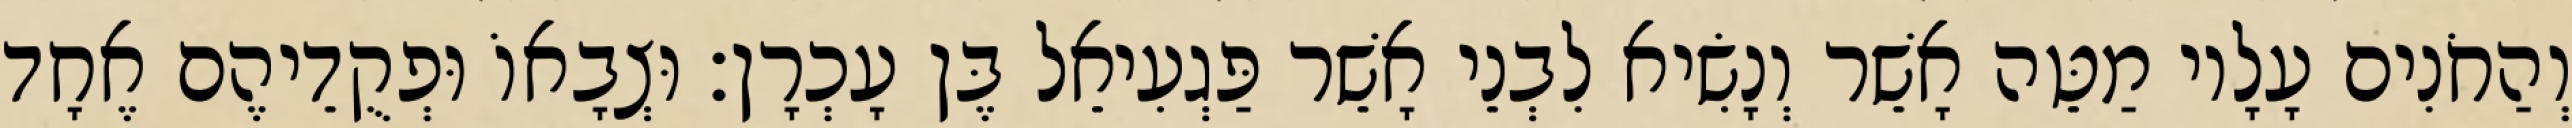
וְהַחֹנִים עָלָיו מַטֵּה אָשֵׁר וְנָשִׂיא לִבְנֵי אָשֵׁר פַּגְעִיאֵל בֶּן עָכְרָן׃ וּצְבָאוֹ וּפְקֻדֵיהֶם אֶחָד